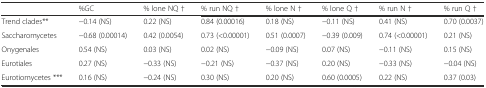
<table><thead><tr><td></td><td><b>%GC</b></td><td><b>% lone NQ †</b></td><td><b>% run NQ †</b></td><td><b>% lone N †</b></td><td><b>% lone Q †</b></td><td><b>% run N †</b></td><td><b>% run Q †</b></td></tr></thead><tbody><tr><td>Trend clades**</td><td>−0.14 (NS)</td><td>0.22 (NS)</td><td>0.84 (0.00016)</td><td>0.18 (NS)</td><td>−0.11 (NS)</td><td>0.41 (NS)</td><td>0.70 (0.0037)</td></tr><tr><td>Saccharomycetes</td><td>−0.68 (0.00014)</td><td>0.42 (0.0054)</td><td>0.73 (&lt;0.00001)</td><td>0.51 (0.0007)</td><td>−0.39 (0.009)</td><td>0.74 (&lt;0.00001)</td><td>0.21 (NS)</td></tr><tr><td>Onygenales</td><td>0.54 (NS)</td><td>0.03 (NS)</td><td>0.02 (NS)</td><td>−0.09 (NS)</td><td>0.07 (NS)</td><td>−0.11 (NS)</td><td>0.15 (NS)</td></tr><tr><td>Eurotiales</td><td>0.27 (NS)</td><td>−0.33 (NS)</td><td>−0.21 (NS)</td><td>−0.37 (NS)</td><td>0.20 (NS)</td><td>−0.33 (NS)</td><td>−0.04 (NS)</td></tr><tr><td>Eurotiomycetes ***</td><td>0.16 (NS)</td><td>−0.24 (NS)</td><td>0.30 (NS)</td><td>0.20 (NS)</td><td>0.60 (0.0005)</td><td>0.22 (NS)</td><td>0.37 (0.03)</td></tr></tbody></table>